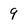
Character: 9